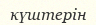
күштерін